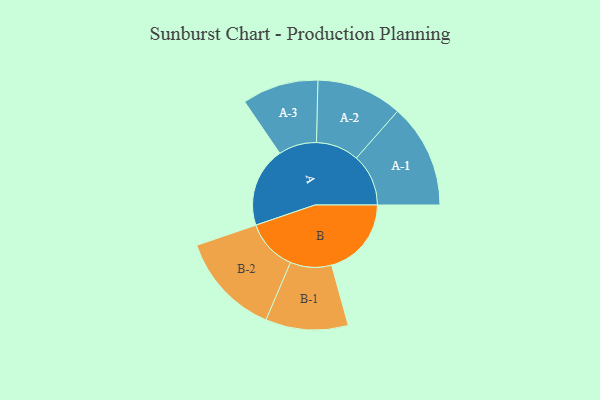
{"axis": {"x": "Segment", "y": "Value"}, "legend": ["", "A", "B"], "data": [{"x": "A", "y": 406, "type": ""}, {"x": "B", "y": 406, "type": ""}, {"x": "A-1", "y": 265, "type": "A"}, {"x": "A-2", "y": 218, "type": "A"}, {"x": "A-3", "y": 194, "type": "A"}, {"x": "B-1", "y": 210, "type": "B"}, {"x": "B-2", "y": 262, "type": "B"}]}